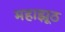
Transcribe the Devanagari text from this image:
महाझूठ